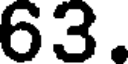
63.